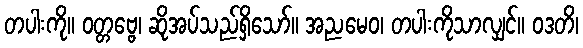
တပါးကို။ ဝတ္တဗ္ဗေ၊ ဆိုအပ်သည်ရှိသော်။ အညမေဝ၊ တပါးကိုသာလျှင်။ ဝဒတိ၊